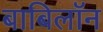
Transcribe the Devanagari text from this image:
बाबिलॉन